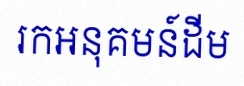
រកអនុគមន៍ដើម